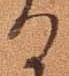
る